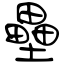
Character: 壘